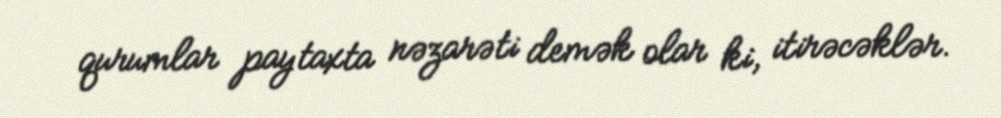
qurumlar paytaxta nəzarəti demək olar ki, itirəcəklər.